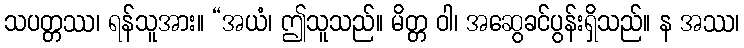
သပတ္တဿ၊ ရန်သူအား။ “အယံ၊ ဤသူသည်။ မိတ္တ ဝါ၊ အဆွေခင်ပွန်းရှိသည်။ န အဿ၊